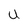
Character: U